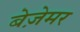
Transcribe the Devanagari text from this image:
बेज़ेमर